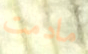
مادمت